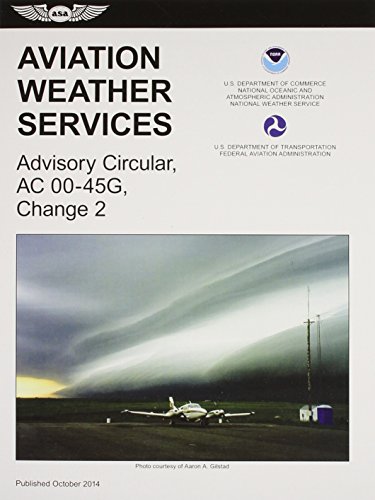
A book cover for Aviation Weather Services (2015 Edition): FAA Advisory Circular 00-45G, Change 2 (FAA Handbooks series); Federal Aviation Administration (FAA)/Aviation Supplies & Academics (ASA); Engineering & Transportation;